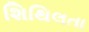
શિથિલતા